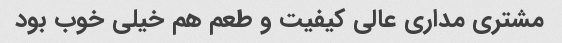
مشتری مداری عالی کیفیت و طعم هم خیلی خوب بود